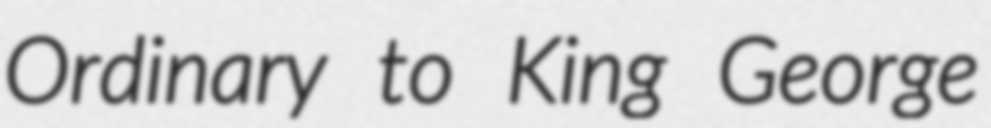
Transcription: Ordinary to King George